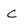
Character: C